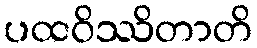
ပထဝိဿိတာတိ